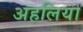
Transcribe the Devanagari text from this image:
अहलिया